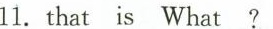
11.that is What?